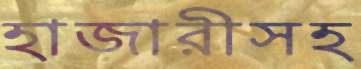
হাজারীসহ